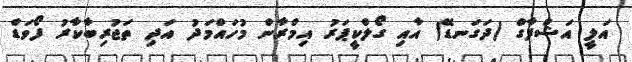
އަލީ އަޝްފާގް (ދަގަނޑޭ) އާއި ގޯލްކީޕަރު އިމްރާން މުހައްމަދު އަދި ތަޖުރިބާކާރު ފޯވަޑް